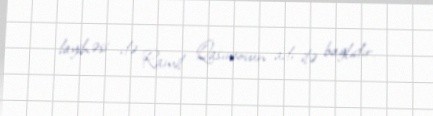
layihəsi də Ramil Qasımovun adı ilə bağlıdır.